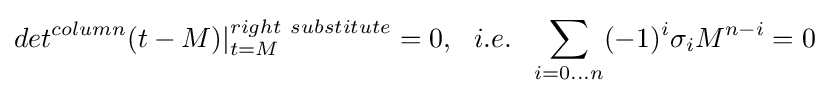
det^{column}(t-M)|_{t=M}^{right~substitute}=0,~~i.e.~~\sum _{i=0...n}(-1)^{i}\sigma _{i}M^{n-i}=0